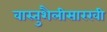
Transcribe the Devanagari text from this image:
वास्तुशैलीसारखी